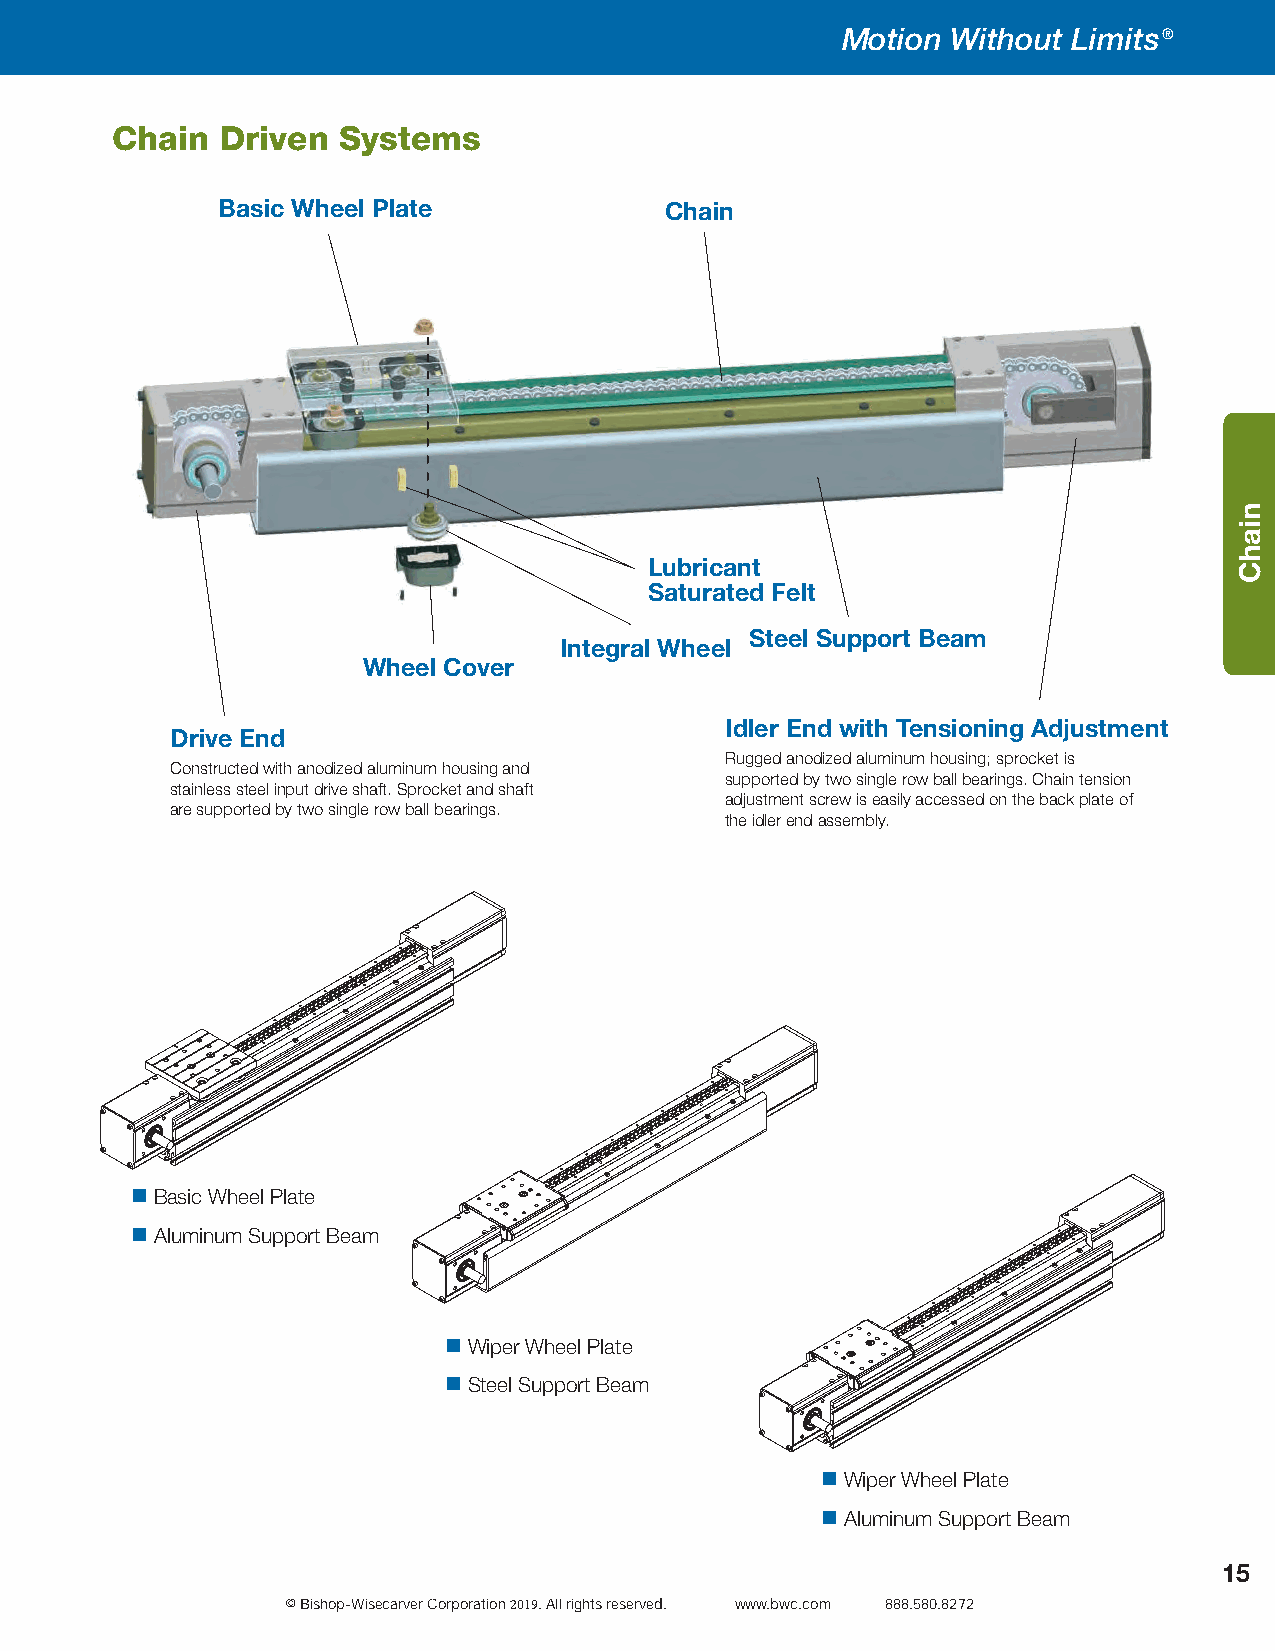
CATALOG                                            PAGE                         23
 D
 C
 Motion Without Limits®
 Chain   Driven Systems
 Basic Wheel Plate             Chain
 Lubricant
 Saturated Felt
 Steel Support Beam
 Integral Wheel
 Wheel Cover
 Idler End with Tensioning Adjustment
 Drive End
 Rugged anodized aluminum housing; sprocket is
 Constructed with anodized aluminum housing and
 supported by two single row ball bearings. Chain tension
 stainless steel input drive shaft. Sprocket and shaft
 adjustment screw is easily accessed on the back plate of
 are supported by two single row ball bearings.
 the idler end assembly.
  Basic Wheel Plate
  Aluminum Support Beam
  Wiper Wheel Plate
  Steel Support Beam
  Wiper Wheel Plate
  Aluminum Support Beam
 15
 © Bishop-Wisecarver Corporation 2019. All rights reserved. www.bwc.com 888.580.8272
 niahC